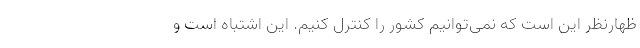
ظهارنظر این است که نمی‌توانیم کشور را کنترل کنیم. این اشتباه است و